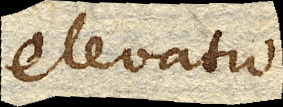
elevatio.